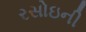
રસોઇની